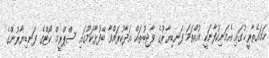
ހަމައެތާރީޚުގައި އެމަނިކުފާނަކީ އުއްތަމަ ފަނޑިޔާރުގެ ވާޖިބުތައް އަދާކުރައްވާ ބޭފުޅާކަމުގައި ސްޕްރީމް ކޯޓްގެ ފަނޑިޔާރުންގެ